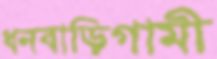
ধনবাড়িগামী